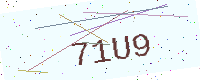
Text: 71U9